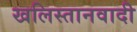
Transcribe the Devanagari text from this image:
खलिस्तानवादी